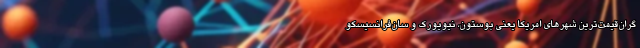
گران‌قیمت‌ترین شهرهای امریکا یعنی بوستون، نیویورک و سان‌فرانسیسکو